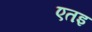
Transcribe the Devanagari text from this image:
एतइ